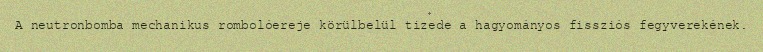
A neutronbomba mechanikus rombolóereje körülbelül tizede a hagyományos fissziós fegyverekének.